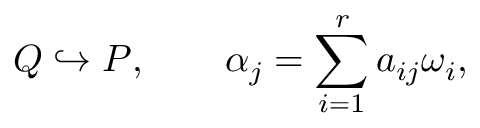
Q \hookrightarrow P , \qquad \alpha _ { j } = \sum _ { i = 1 } ^ { r } a _ { i j } \omega _ { i } ,